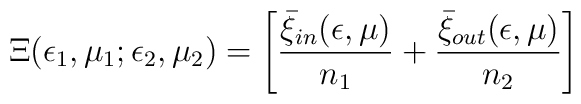
\Xi(\epsilon_1,\mu_1;\epsilon_2,\mu_2) =\left[ {\bar\xi_{\small in}(\epsilon,\mu)\over n_1} +        {\bar\xi_{\small out}(\epsilon,\mu)\over n_2}\right]